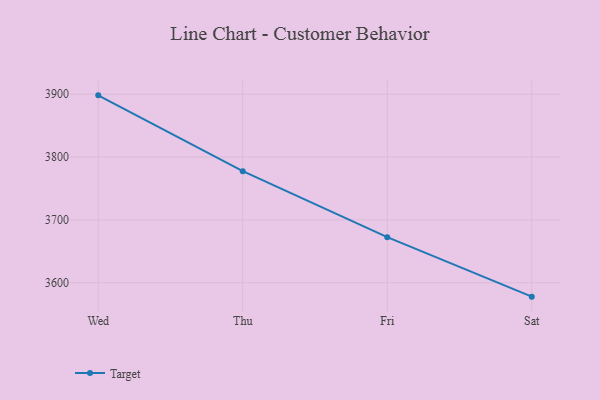
{"axis": {"x": "Day", "y": "Headcount"}, "legend": ["Target"], "data": [{"x": "Wed", "y": 3898.2, "type": "Target"}, {"x": "Thu", "y": 3777.5, "type": "Target"}, {"x": "Fri", "y": 3672.5, "type": "Target"}, {"x": "Sat", "y": 3577.9, "type": "Target"}]}